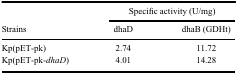
|  | <COLSPAN=2> Specific activity (U/mg) |
 | Strains | dhaD | dhaB (GDHt) |
 | --- | --- | --- |
 | Kp(pET-pk) | 2.74 | 11.72 |
 | Kp(pET-pk-dhaD) | 4.01 | 14.28 |